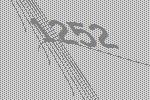
1252